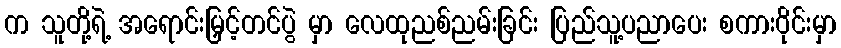
က သူတို့ရဲ့ အရောင်းမြှင့်တင်ပွဲ မှာ လေထုညစ်ညမ်းခြင်း ပြည်သူ့ပညာပေး စကားဝိုင်းမှာ